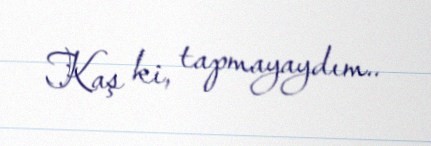
Kaş ki, tapmayaydım..